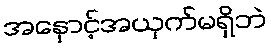
အနှောင့်အယှက်မရှိဘဲ